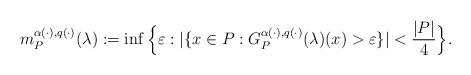
LaTeX: \begin{align*}m_{P}^{\alpha \left( \cdot \right) ,q(\cdot )}(\lambda ):=\inf \Big\{\varepsilon :|\{x\in P:G_{P}^{\alpha \left( \cdot \right) ,q(\cdot)}(\lambda )(x)>\varepsilon \}|<\frac{|P|}{4}\Big\}. \end{align*}